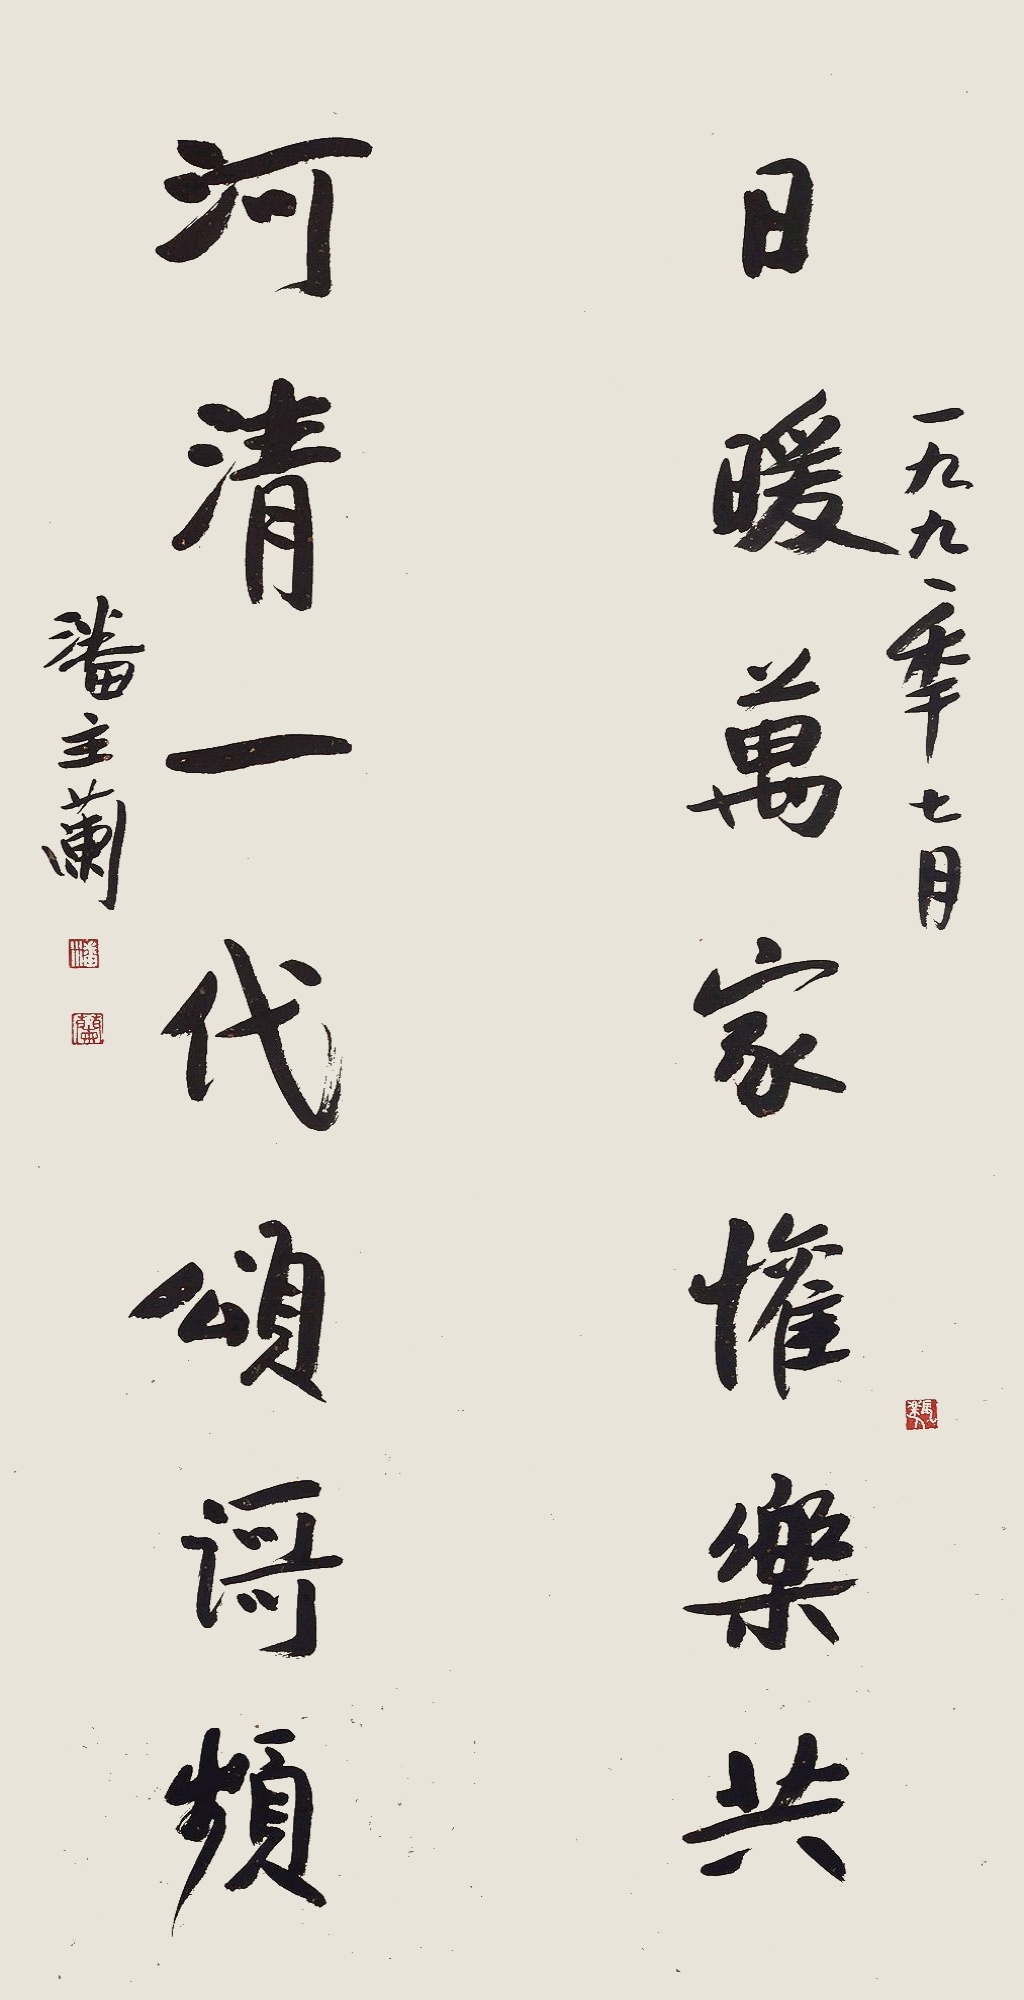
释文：日暖万家催乐共，河清一代颂謌频。一九九一年七月，潘主兰。